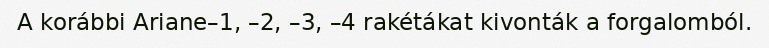
A korábbi Ariane–1, –2, –3, –4 rakétákat kivonták a forgalomból.